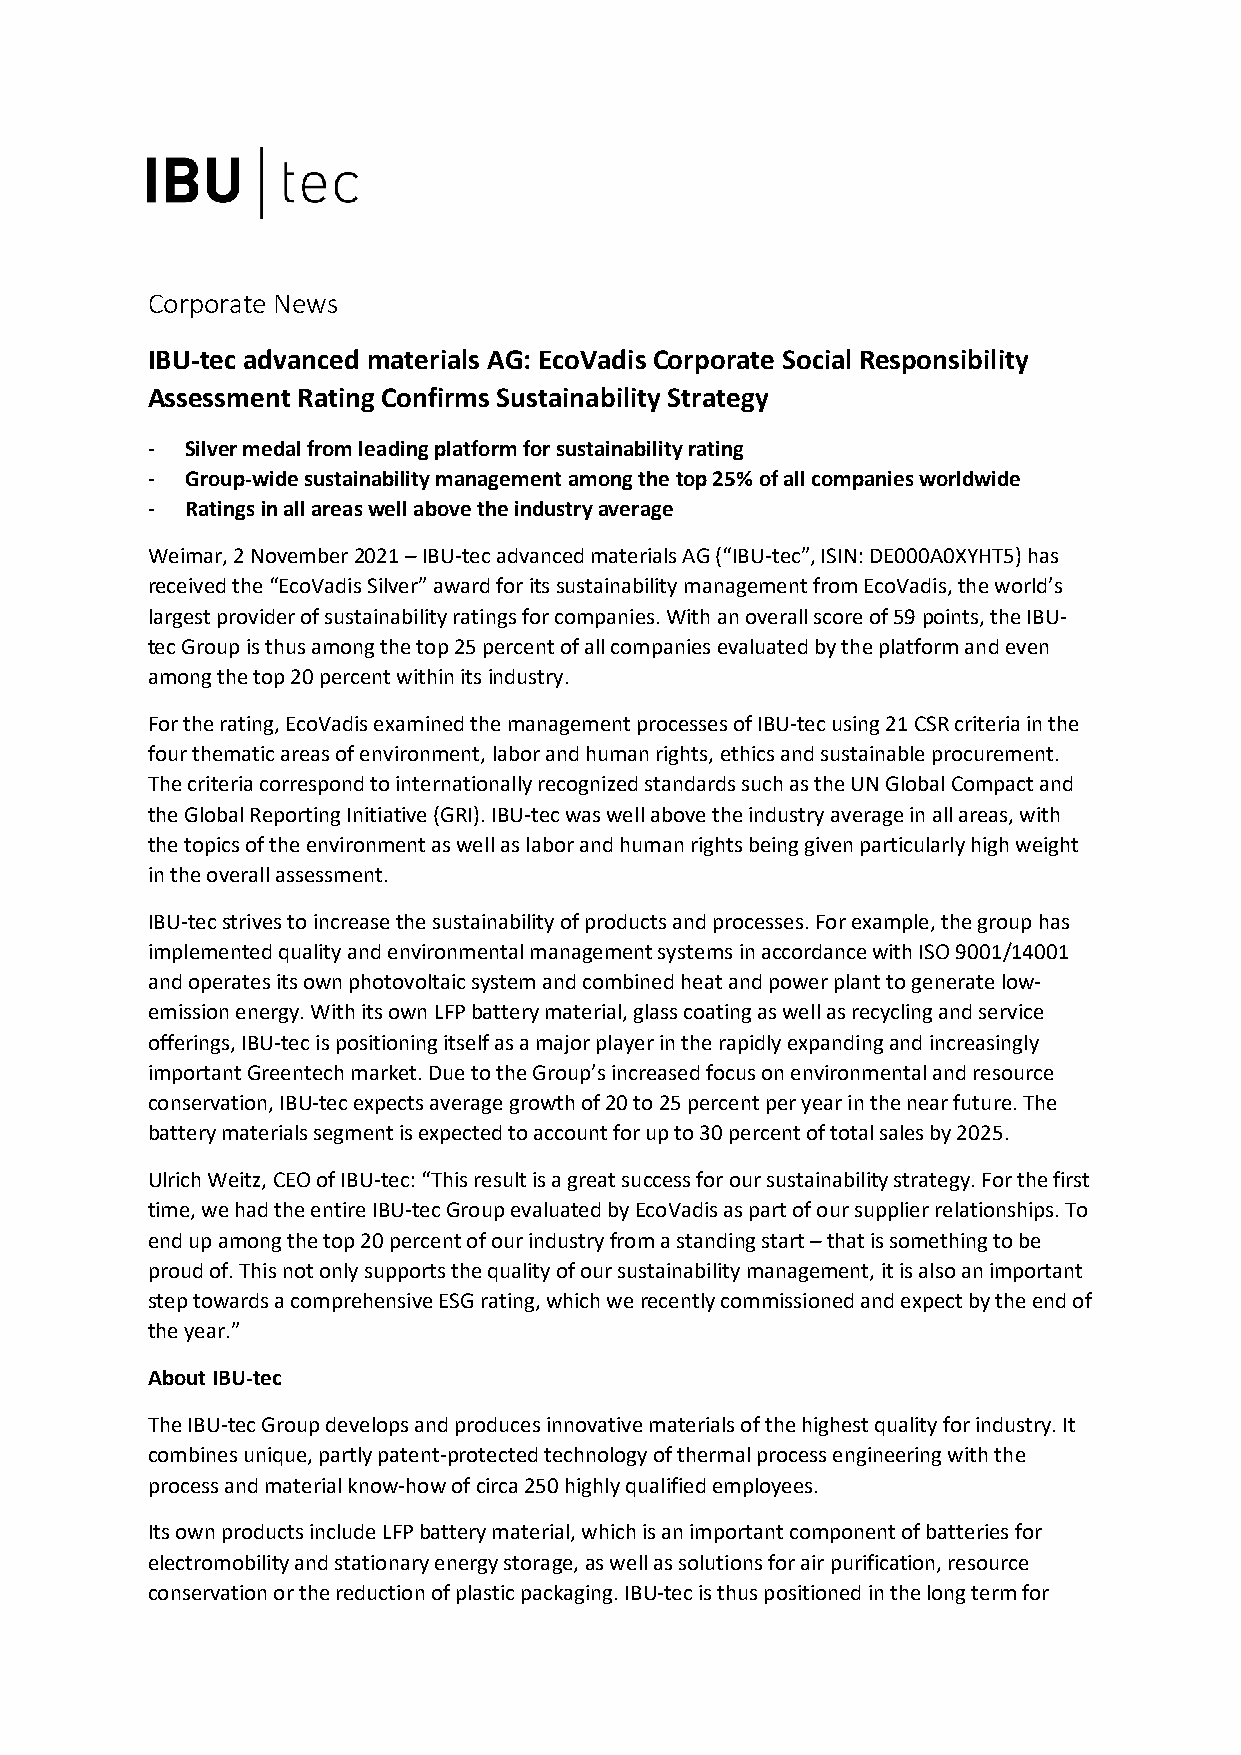
Corporate News
 IBU-tec advanced materials AG: EcoVadis Corporate Social Responsibility
 Assessment Rating Confirms Sustainability Strategy
 - Silver medal from leading platform for sustainability rating
 - Group-wide sustainability management among the top 25% of all companies worldwide
 - Ratings in all areas well above the industry average
 Weimar, 2 November 2021 – IBU-tec advanced materials AG (“IBU-tec”, ISIN: DE000A0XYHT5) has
 received the “EcoVadis Silver” award for its sustainability management from EcoVadis, the world’s
 largest provider of sustainability ratings for companies. With an overall score of 59 points, the IBU-
 tec Group is thus among the top 25 percent of all companies evaluated by the platform and even
 among the top 20 percent within its industry.
 For the rating, EcoVadis examined the management processes of IBU-tec using 21 CSR criteria in the
 four thematic areas of environment, labor and human rights, ethics and sustainable procurement.
 The criteria correspond to internationally recognized standards such as the UN Global Compact and
 the Global Reporting Initiative (GRI). IBU-tec was well above the industry average in all areas, with
 the topics of the environment as well as labor and human rights being given particularly high weight
 in the overall assessment.
 IBU-tec strives to increase the sustainability of products and processes. For example, the group has
 implemented quality and environmental management systems in accordance with ISO 9001/14001
 and operates its own photovoltaic system and combined heat and power plant to generate low-
 emission energy. With its own LFP battery material, glass coating as well as recycling and service
 offerings, IBU-tec is positioning itself as a major player in the rapidly expanding and increasingly
 important Greentech market. Due to the Group’s increased focus on environmental and resource
 conservation, IBU-tec expects average growth of 20 to 25 percent per year in the near future. The
 battery materials segment is expected to account for up to 30 percent of total sales by 2025.
 Ulrich Weitz, CEO of IBU-tec: “This result is a great success for our sustainability strategy. For the first
 time, we had the entire IBU-tec Group evaluated by EcoVadis as part of our supplier relationships. To
 end up among the top 20 percent of our industry from a standing start – that is something to be
 proud of. This not only supports the quality of our sustainability management, it is also an important
 step towards a comprehensive ESG rating, which we recently commissioned and expect by the end of
 the year.”
 About IBU-tec
 The IBU-tec Group develops and produces innovative materials of the highest quality for industry. It
 combines unique, partly patent-protected technology of thermal process engineering with the
 process and material know-how of circa 250 highly qualified employees.
 Its own products include LFP battery material, which is an important component of batteries for
 electromobility and stationary energy storage, as well as solutions for air purification, resource
 conservation or the reduction of plastic packaging. IBU-tec is thus positioned in the long term for